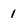
Character: I